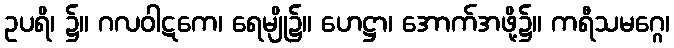
ဥပရိ၊ ၌။ ဂလဝါဋကေ၊ ရေမျို၌။ ဟေဋ္ဌာ၊ အောက်အဖို့၌။ ကရီသမဂ္ဂေ၊